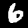
Label: 6